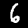
Digit: 6